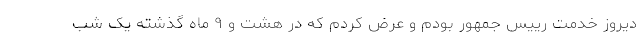
دیروز خدمت رییس جمهور بودم و عرض کردم که در هشت و ۹ ماه گذشته یک شب